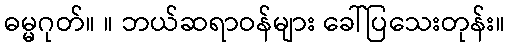
ဓမ္မဂုတ်။ ။ ဘယ်ဆရာဝန်များ ခေါ်ပြသေးတုန်း။